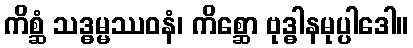
ကိစ္ဆံ သဒ္ဓမ္မဿဝနံ၊ ကိစ္ဆော ဗုဒ္ဓါနမုပ္ပါဒေါ။